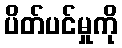
ပိတ်ပင်မှုကို